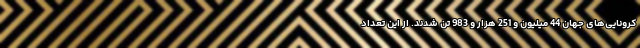
کرونایی‌های جهان 44 میلیون و 251 هزار و 983 تن شدند. از این تعداد